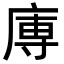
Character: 𭙥